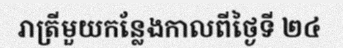
រាត្រីមួយកន្លែងកាលពីថ្ងៃទី ២៤